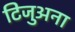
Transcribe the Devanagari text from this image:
टिजुअना